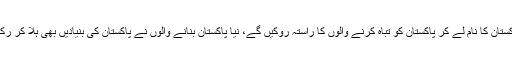
ہم نئے پاکستان کا نام لے کر پاکستان کو تباہ کرنے والوں کا راستہ روکیں گے، نیا پاکستان بنانے والوں نے پاکستان کی بنیادیں بھی ہلا کر رکھ دی ہیں۔